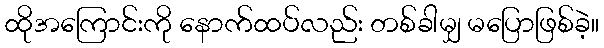
ထိုအကြောင်းကို နောက်ထပ်လည်း တစ်ခါမျှ မပြောဖြစ်ခဲ့။